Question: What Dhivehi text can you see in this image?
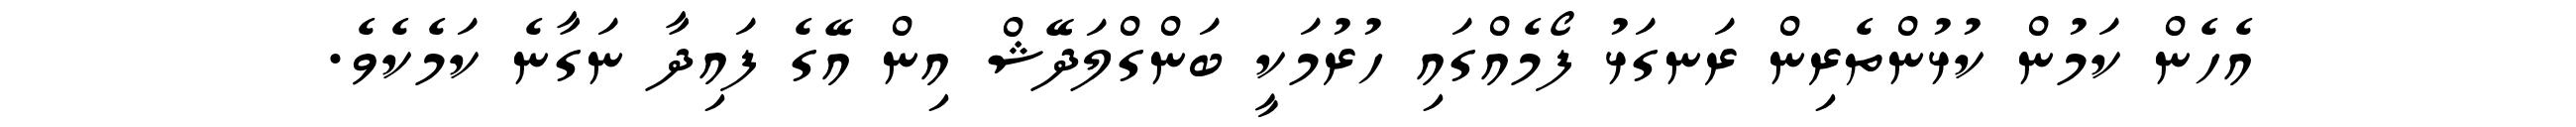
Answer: އެހެން ކަމުން ކުޅުންތެރިން ރަނގަޅު ފޯމެއްގައި ހުރުމަކީ ބަންގްލަދޭޝް އިން އޭގެ ފައިދާ ނަގާނެ ކަމެކެވެ.